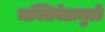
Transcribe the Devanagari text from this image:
भक्तिवेडामुळे